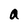
Character: a